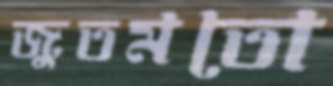
জুতমতো